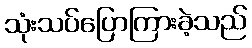
သုံးသပ်ပြောကြားခဲ့သည်